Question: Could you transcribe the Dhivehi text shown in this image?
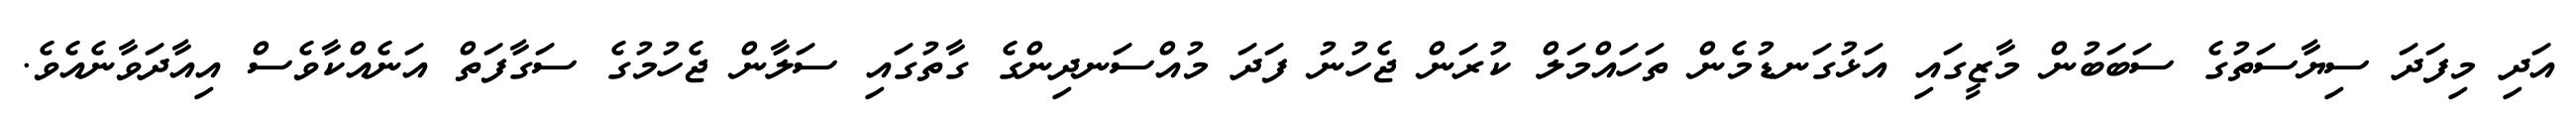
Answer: އަދި މިފަދަ ސިޔާސަތުގެ ސަބަބުން މާޒީގައި އަޅުގަނޑުމެން ތަހައްމަލް ކުރަން ޖެހުނު ފަދަ މުއްސަނދިންގެ ގާތުގައި ސަލާން ޖެހުމުގެ ސަގާފަތް އަނެއްކާވެސް އިއާދަވާނެއެވެ.